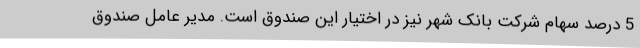
5 درصد سهام شرکت بانک شهر نیز در اختیار این صندوق است. مدیر عامل صندوق